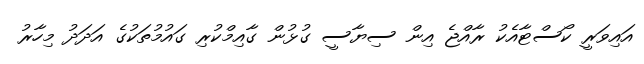
އައިވަރީ ކޯސްޓާއެކު ރާއްޖެ އިން ސިޔާސީ ގުޅުން ގާއިމްކުރި ގައުމުތަކުގެ އަދަދު މިހާރު